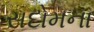
સદોમના